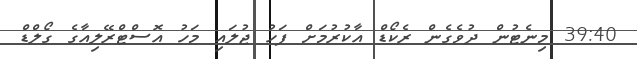
39:40 މިނެޓުން ދުވެގެން ރެކޯޑް އާކުރުމަށް ފަހު ޖުލައި މަހު އޮސްޓްރޭލިއާގެ ގޯލްޑް